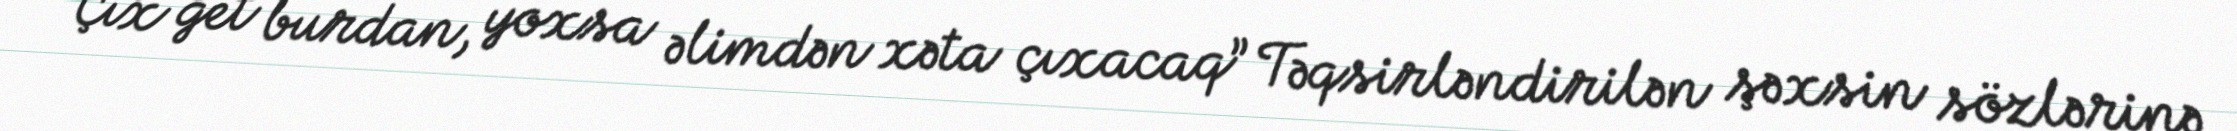
“Çıx get burdan, yoxsa əlimdən xəta çıxacaq” Təqsirləndirilən şəxsin sözlərinə